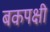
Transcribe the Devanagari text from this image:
बकपक्षी